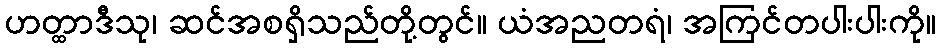
ဟတ္ထာဒီသု၊ ဆင်အစရှိသည်တို့တွင်။ ယံအညတရံ၊ အကြင်တပါးပါးကို။